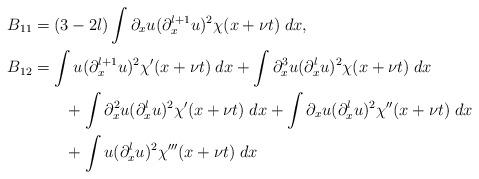
LaTeX: \begin{align*}B_{11}&=(3-2l)\int\partial_xu(\partial_x^{l+1}u)^2\chi(x+\nu t) \; dx,\\B_{12}&=\int u(\partial_x^{l+1}u)^2\chi'(x+\nu t) \; dx+\int\partial_x^3u(\partial_x^lu)^2\chi(x+\nu t) \; dx\\&\qquad+ \int\partial_x^2u(\partial_x^lu)^2\chi'(x+\nu t) \; dx+ \int\partial_xu(\partial_x^lu)^2\chi''(x+\nu t) \; dx\\&\qquad+ \int u(\partial_x^lu)^2\chi'''(x+\nu t) \; dx\end{align*}